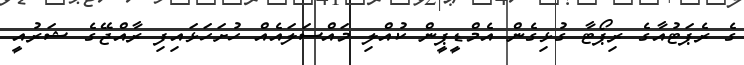
ގެ ރެޕަޓުއާގެ ރިޕޯޓާ ގުޅިގެން އެމްޑީޕީން ކުއްލި މައްސަލައެއް ހުށަހަޅައިފި ރާއްޖޭގެ ޝަރުއީ